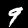
Label: 9